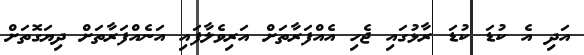
އަދި އެ ކުޑަ ކުޑަ ރާޅުގައި ޖެހި އެއްފަރާތަށް އަރިވެލާފައި އަނެއްފަރާތަށް ދިޔަގޮތަށް